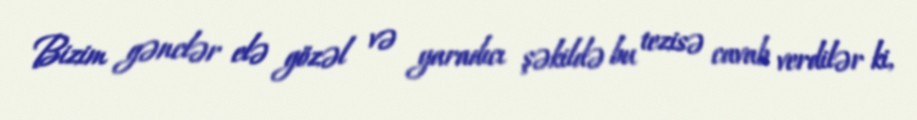
Bizim gənclər elə gözəl və yaradıcı şəkildə bu tezisə cavab verdilər ki,